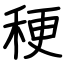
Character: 稉